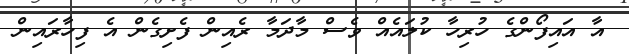
އާ އައިފޯންގެ ހުރިހާ ކުލައެއް ވެސް މާދަމާ ރެއިން ފެށިގެން އެ ފިހާރައިން